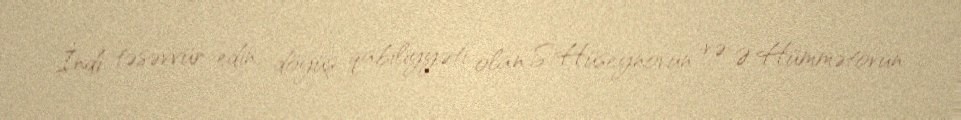
İndi təsəvvür edin, döyüş qabiliyyəti olan S.Hüseynovun və Ə.Hümmətovun